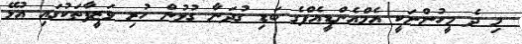
މި ދެ މީހުންނަކީ އެމްއެންޑީއެފްގެ ބަޑި ގުދަނާ ގުޅުން ހުރި ވަޒީފާތަކުގައި އުޅޭ